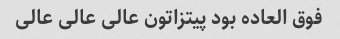
فوق العاده بود پیتزاتون عالی عالی عالی